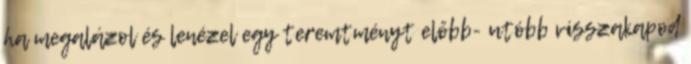
ha megalázol és lenézel egy teremtményt előbb- utóbb visszakapod